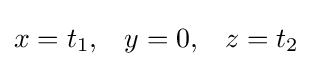
x=t_{1},\;\;\;y=0,\;\;\;z=t_{2}